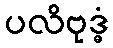
ပလိဗုဒ္ဓံ